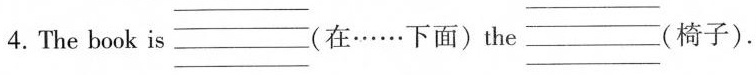
4.The book is (在……下面)the (椅子).